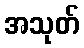
အသုတ်